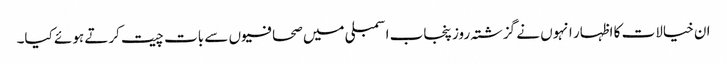
ان خیالات کا اظہار انہوں نے گزشتہ روز پنجاب اسمبلی میں صحافیوں سے بات چیت کرتے ہوئے کیا۔